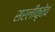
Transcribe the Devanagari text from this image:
सरलीकृतेवं